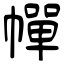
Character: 幝